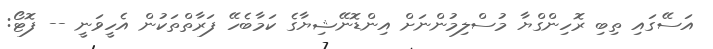
އަސޭގައި ތިބި ރޮހިންގްޔާ މުސްލިމުންނަށް އިންޑޮނޭޝިޔާގެ ކަމާބެހޭ ފަރާތްތަކުން އެހީވަނީ -- ފޮޓޯ: